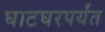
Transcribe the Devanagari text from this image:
घाटघरपर्यंत